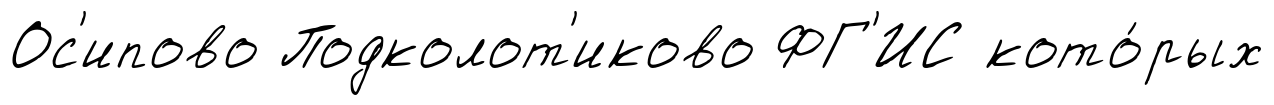
Ос'ипово Подколот'иково ФГ'ИС кото́рых